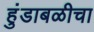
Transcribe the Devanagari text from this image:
हुंडाबळीचा